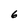
Character: 6